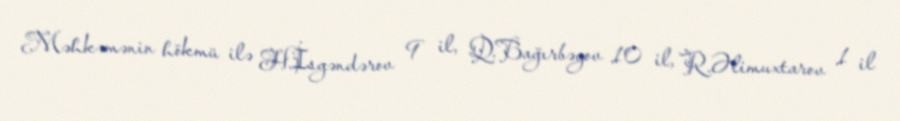
Məhkəmənin hökmü ilə H.İsgəndərov 9 il, Q.Bağırbəyov 10 il, R.Əlimuxtarov 1 il